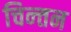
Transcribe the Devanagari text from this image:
चिन्‍तन